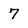
Character: 7